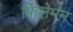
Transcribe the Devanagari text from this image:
फिलेमन